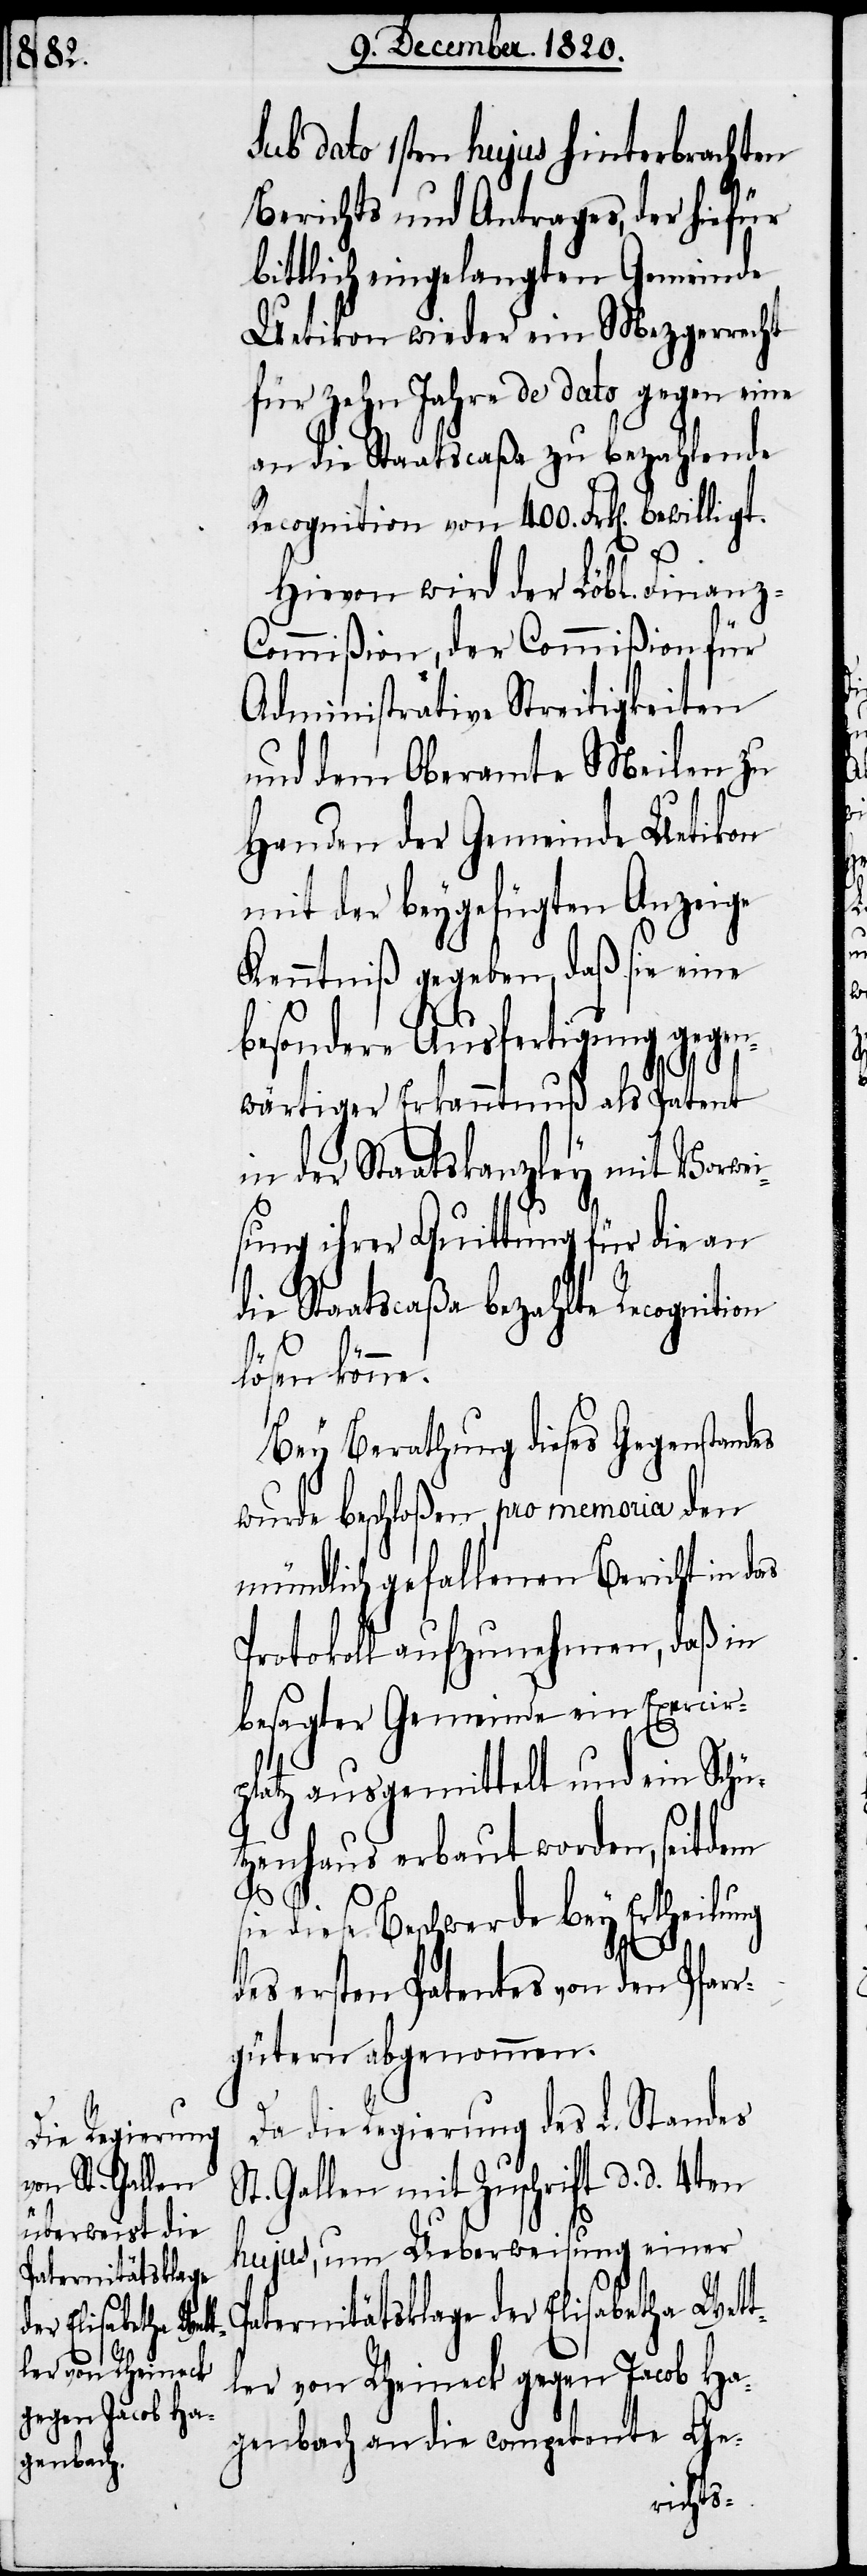
ommi¬

Paternitätsklage
der Elisabetha Wet¬
tler von Rheineck
gegen Jacob Ha¬

sub dato 1sten hujus hinterbrachten
Berichts und Antrages, der hiefür
bittlich eingelangten Gemeinde
Uetikon wieder ein Mezgerrecht
für zehn Jahre de dato gegen eine
an die Staatscaßa zu bezahlende
Recognition von 400. Frk[en]. bewilligt.
Hievon wird der Löbl. Finanz-C¬
Administrative Streitigkeiten
und dem Oberamte Meilen zu
Handen der Gemeinde Uetikon
mit der beygefügten Anzeige
Kenntniß gegeben, daß sie eine
besondere Ausfertigung gegen¬
wärtiger Erkanntnuß als Patent
in der Staatskanzley mit Vorwei¬
sung ihrer Quittung für die an
die Staatscaßa bezahlte Recognition
lö¬
sen könne.
Bey Berathung dieses Gegenstandes
wurde beschloßen, pro memoria den
mündlich gefallenen Bericht in das
Protokoll aufzunehmen, daß in
besagter Gemeinde ein Exercir¬
platz ausgemittelt und ein Schü¬
tzenhaus erbaut worden, seitdem
sie diese Beschwerde bey Ertheilung
des ersten Patentes von den Pfarr¬
gütern abgenommen.
Da die Regierung des L. Standes
St. Gallen mit Zuschrift d. d. 4ten
hujus, um Ueberweisung einer
zenbach an die competente Ge-